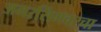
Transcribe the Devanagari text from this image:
अमरसिंगवरचा